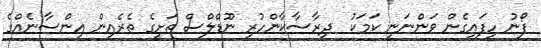
ފޯނު ހިފައިގެން ވަންނަނީ ކަމަކު  ދިރާސާކާންހުރި ނޫޑްލްސް ތަށީގެ ތެރެއިން އިންސާނެއްގެ